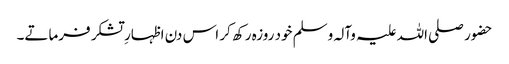
حضور صلی اللہ علیہ وآلہ وسلم خود روزہ رکھ کر اس دن اظہارِ تشکر فرماتے۔